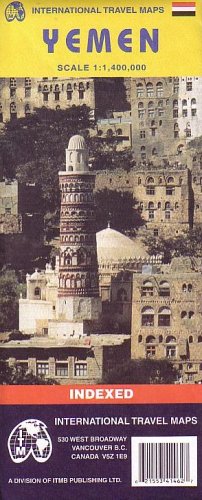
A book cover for Yemen (Travel Reference Map); International Travel maps; Travel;